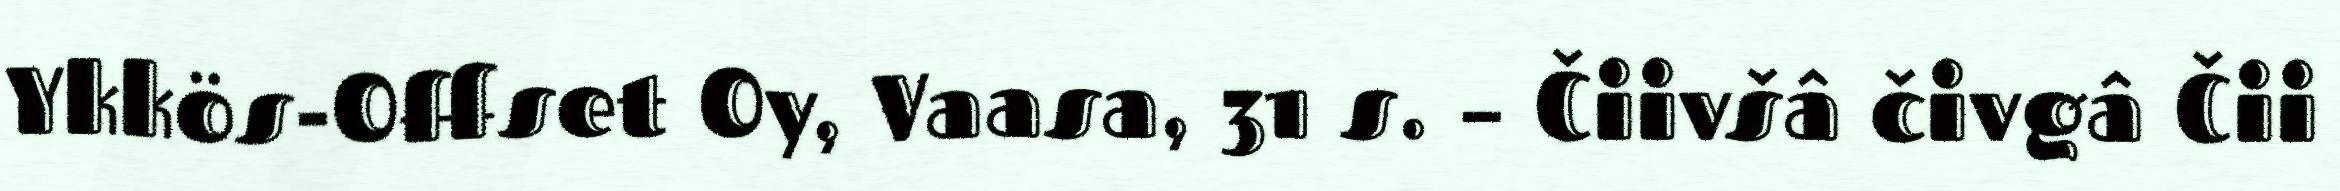
Ykkös-Offset Oy, Vaasa, 31 s. – Čiivšâ čivgâ Čii